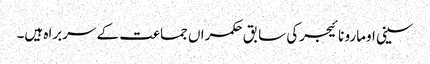
سینی اومارو نائیجرکی سابق حکمراں جماعت کے سربراہ ہیں۔